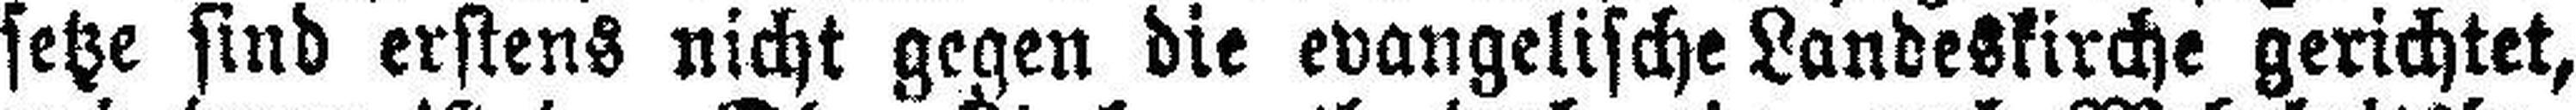
setze sind erstens nicht gegen die evangelische Landeskirche gerichtet,